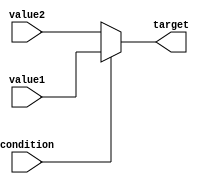
module conditional_operator_assignment (
    input wire condition,      // Boolean condition
    input wire [7:0] value1,  // First value to assign if condition is true
    input wire [7:0] value2,  // Second value to assign if condition is false
    output reg [7:0] target    // Target variable to receive the assigned value
);

    // Always block to evaluate the condition and assign the target variable
    always @(*) begin
        target = (condition) ? value1 : value2; // Conditional assignment
    end

endmodule